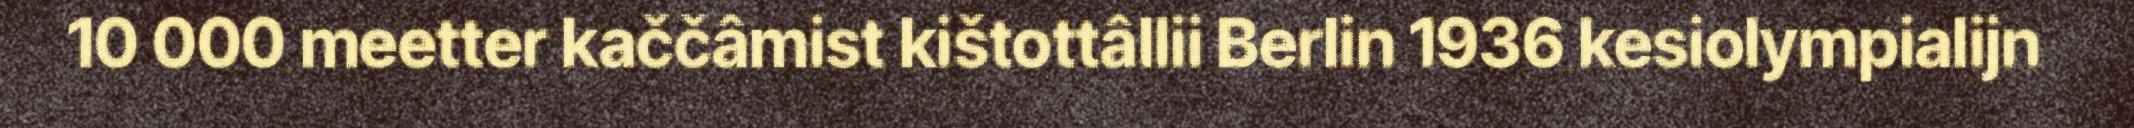
10 000 meetter kaččâmist kištottâllii Berlin 1936 kesiolympialijn